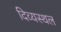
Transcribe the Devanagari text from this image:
दिव्यस्थल